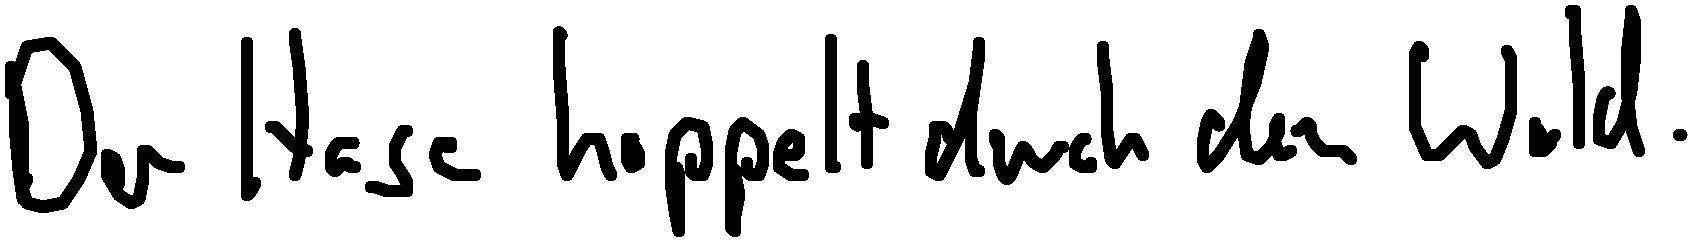
Der Hase hoppelt durch den Wald.